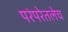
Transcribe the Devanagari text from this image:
परंपरेतलेच